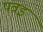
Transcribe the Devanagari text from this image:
पवइ